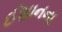
ઈશાનના